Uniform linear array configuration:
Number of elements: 64
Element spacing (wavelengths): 0.5
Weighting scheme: uniform
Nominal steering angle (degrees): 30
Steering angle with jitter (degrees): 29.327
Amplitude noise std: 0.05
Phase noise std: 0.05

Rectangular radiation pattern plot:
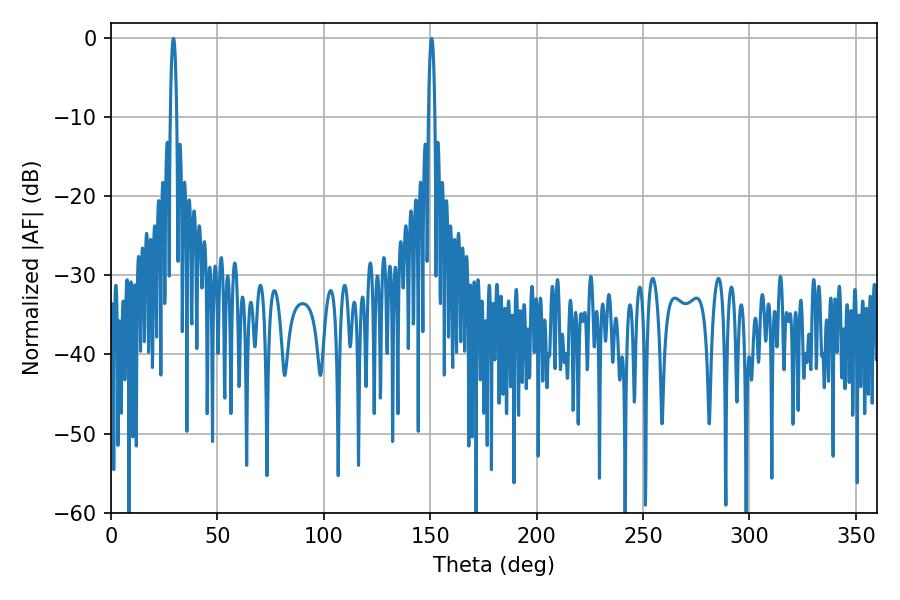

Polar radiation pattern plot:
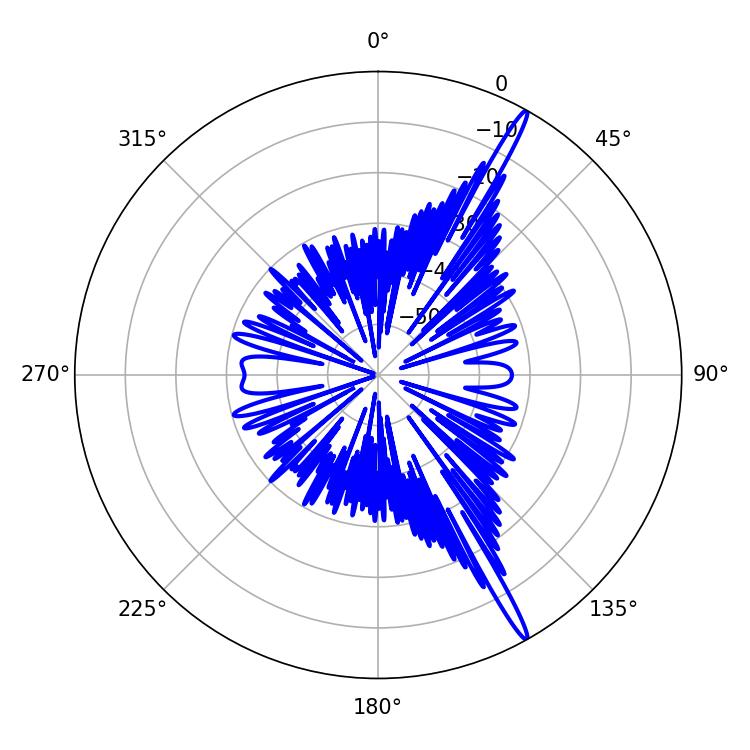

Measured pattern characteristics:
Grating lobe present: FALSE
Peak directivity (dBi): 17.592
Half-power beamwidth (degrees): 1.8
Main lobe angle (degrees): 29.34